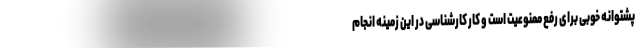
پشتوانه خوبی برای رفع ممنوعیت است و کار کارشناسی در این زمینه انجام